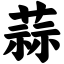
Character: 蒜